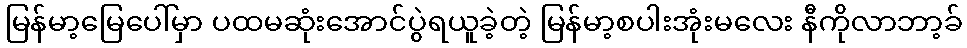
မြန်မာ့မြေပေါ်မှာ ပထမဆုံးအောင်ပွဲရယူခဲ့တဲ့ မြန်မာ့စပါးအုံးမလေး နီကိုလာဘာ့ခ်